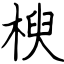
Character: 楰